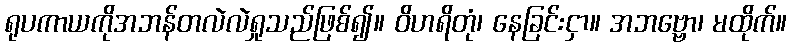
ရုပကာယကိုအဘန်တလဲလဲရှုသည်ဖြစ်၍။ ဝိဟရိတုံ၊ နေခြင်းငှာ။ အဘဗ္ဗော၊ မထိုက်။